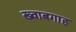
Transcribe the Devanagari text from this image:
ख्‍वाबगाह